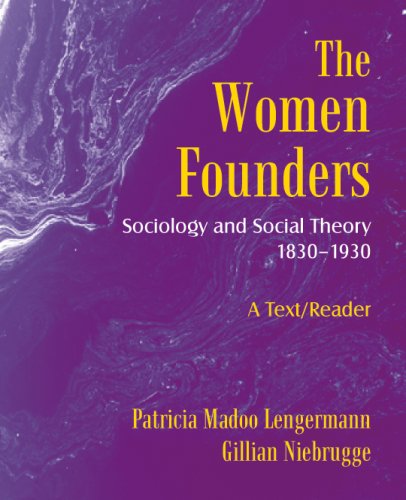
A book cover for The Women Founders: Sociology and Social Theory 1830-1930; Patricia Madoo Lengermann; Politics & Social Sciences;